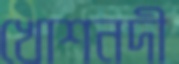
খোশনদী